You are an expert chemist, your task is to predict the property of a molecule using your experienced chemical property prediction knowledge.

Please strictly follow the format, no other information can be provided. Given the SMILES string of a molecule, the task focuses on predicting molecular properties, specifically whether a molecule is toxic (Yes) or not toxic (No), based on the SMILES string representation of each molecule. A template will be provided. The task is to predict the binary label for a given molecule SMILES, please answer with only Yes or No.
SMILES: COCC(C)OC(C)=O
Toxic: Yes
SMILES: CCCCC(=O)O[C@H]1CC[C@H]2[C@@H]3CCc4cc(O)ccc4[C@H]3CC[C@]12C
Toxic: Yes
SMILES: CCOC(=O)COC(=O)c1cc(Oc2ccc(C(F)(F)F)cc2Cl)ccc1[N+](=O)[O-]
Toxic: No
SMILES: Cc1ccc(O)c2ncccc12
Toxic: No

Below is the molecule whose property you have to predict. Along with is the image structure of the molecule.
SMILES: C[C@]12CC[C@H]3[C@@H](CC[C@H]4C[C@@H]5S[C@@H]5C[C@@]43C)[C@@H]1CC[C@@H]2O
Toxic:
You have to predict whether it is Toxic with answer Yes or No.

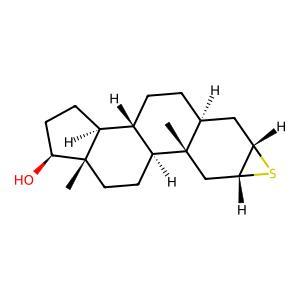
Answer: Yes